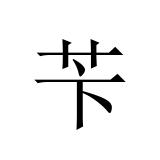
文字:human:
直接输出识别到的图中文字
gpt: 苄